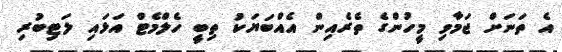
އެ ތަނަށް ޖަމާވި މީހުންގެ ތެރެއިން އެއްބަޔަކު ތިބީ ހެލްމެޓް އަޅައި ލަޓިބުރި